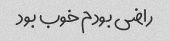
راضی بودم خوب بود